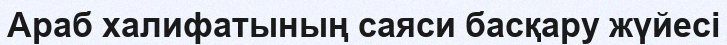
Араб халифатының саяси басқару жүйесі